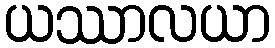
ယဿာလယာ